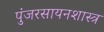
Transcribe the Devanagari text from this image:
पुंजरसायनशास्त्र